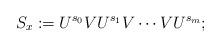
LaTeX: \begin{align*}S_x:=U^{s_0}VU^{s_1}V\cdots V U^{s_m};\end{align*}